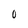
Character: 0